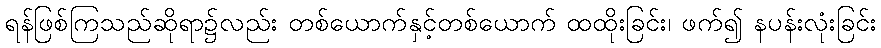
ရန်ဖြစ်ကြသည်ဆိုရာ၌လည်း တစ်ယောက်နှင့်တစ်ယောက် ထထိုးခြင်း၊ ဖက်၍ နပန်းလုံးခြင်း